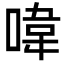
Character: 喡